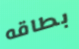
بطاقه